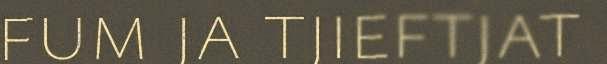
fum ja tjieftjat